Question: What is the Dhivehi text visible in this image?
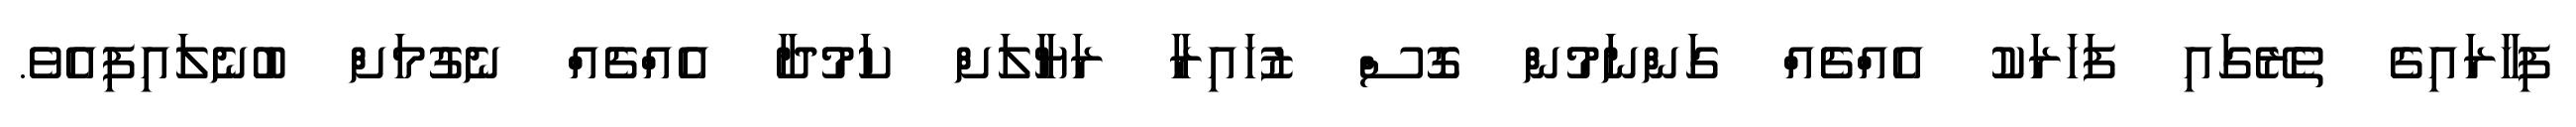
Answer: ފިހާރައިގެ ތެރޭގައި ފަހަރަކު އެއްޗެއް ގަންނަމުން ގޮސް ޒުހައިރާ ރަޔާލަށް ކަމުދާ އެއްޗެއް ނެގުމަށް ބުނެލައިފިއެވެ.